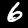
Digit: 6